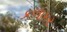
કળાકર